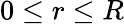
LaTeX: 0\le r\le R